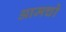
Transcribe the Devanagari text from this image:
आमचो